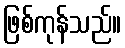
ဖြစ်ကုန်သည်။